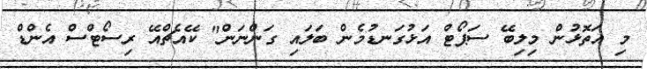
މި އަތޮޅުން މިލިބޭ ސަޕޯޓް އަޅުގަނޑުމެން ބަލައި ގަންނަން" ކޭއެޗްއޭ ރިސޯޓްސް އެންޑް